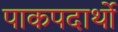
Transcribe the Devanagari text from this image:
पाकपदार्थो